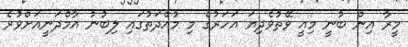
މީރާ އިން ބުނީ މިއީ ވޭތުވެދިޔަ އަހަރުގެ މި މުއްދަތުގައި ލިބުނު އާމްދަނީއަށްވުރެ